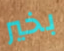
بخير